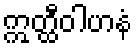
ဣတ္ထီဝါဟနံ